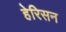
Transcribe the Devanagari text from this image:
हेरिसन